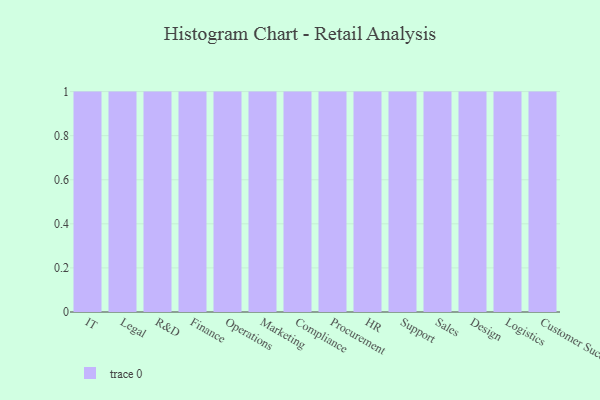
{"axis": {"x": "Department", "y": "Energy Usage (MWh)"}, "legend": [""], "data": [{"x": "IT", "y": 80, "type": ""}, {"x": "Legal", "y": 27, "type": ""}, {"x": "R&D", "y": 94, "type": ""}, {"x": "Finance", "y": 52, "type": ""}, {"x": "Operations", "y": 21, "type": ""}, {"x": "Marketing", "y": 67, "type": ""}, {"x": "Compliance", "y": 35, "type": ""}, {"x": "Procurement", "y": 12, "type": ""}, {"x": "HR", "y": 28, "type": ""}, {"x": "Support", "y": 32, "type": ""}, {"x": "Sales", "y": 28, "type": ""}, {"x": "Design", "y": 76, "type": ""}, {"x": "Logistics", "y": 86, "type": ""}, {"x": "Customer Success", "y": 67, "type": ""}]}